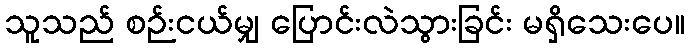
သူသည် စဉ်းငယ်မျှ ပြောင်းလဲသွားခြင်း မရှိသေးပေ။